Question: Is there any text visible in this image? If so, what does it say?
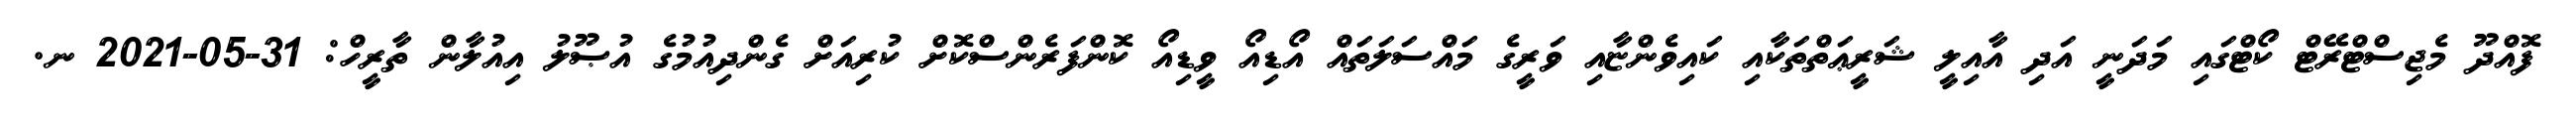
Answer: ފޮއްދޫ މެޖިސްޓްރޭޓް ކޯޓްގައި މަދަނީ އަދި އާއިލީ ޝަރީޢަތްތަކާއި ކައިވެންޏާއި ވަރީގެ މައްސަލަތައް އޯޑިއޯ ވީޑިއޯ ކޮންފަރެންސްކޮށް ކުރިއަށް ގެންދިއުމުގެ އުޞޫލު އިއުލާން ތާރީހް: 31-05-2021 ނ.